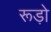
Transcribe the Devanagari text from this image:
रूड़ो